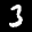
Label: 3